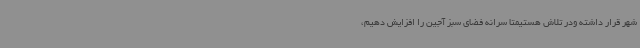
شهر قرار داشته ودر تلاش هستیمتا سرانه فضای سبز آجین را افزایش دهیم،